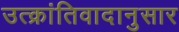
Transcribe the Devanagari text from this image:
उत्क्रांतिवादानुसार